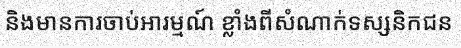
និងមានការចាប់អារម្មណ៍ ខ្លាំងពីសំណាក់ទស្សនិកជន